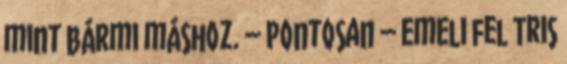
mint bármi máshoz. – Pontosan – emeli fel Tris